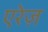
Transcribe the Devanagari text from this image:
एरेज़